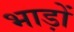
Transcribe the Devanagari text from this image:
भाड़ों